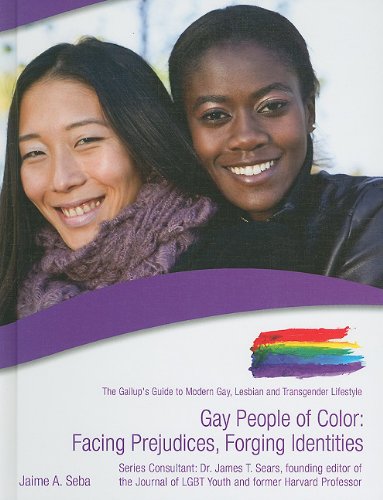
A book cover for Gay People of Color: Facing Prejudices, Forging Identities (The Gallup's Guide to Modern Gay, Lesbian, & Transgender Lifestyle); Jaime A. Seba; Teen & Young Adult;